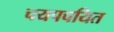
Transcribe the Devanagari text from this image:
चयपचयित